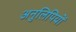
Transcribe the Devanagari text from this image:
अनुलिपियों